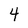
Character: 4